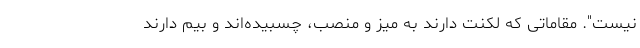
نیست". مقاماتی که لکنت دارند به میز و منصب، چسبیده‌اند و بیم دارند